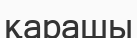
қарашы